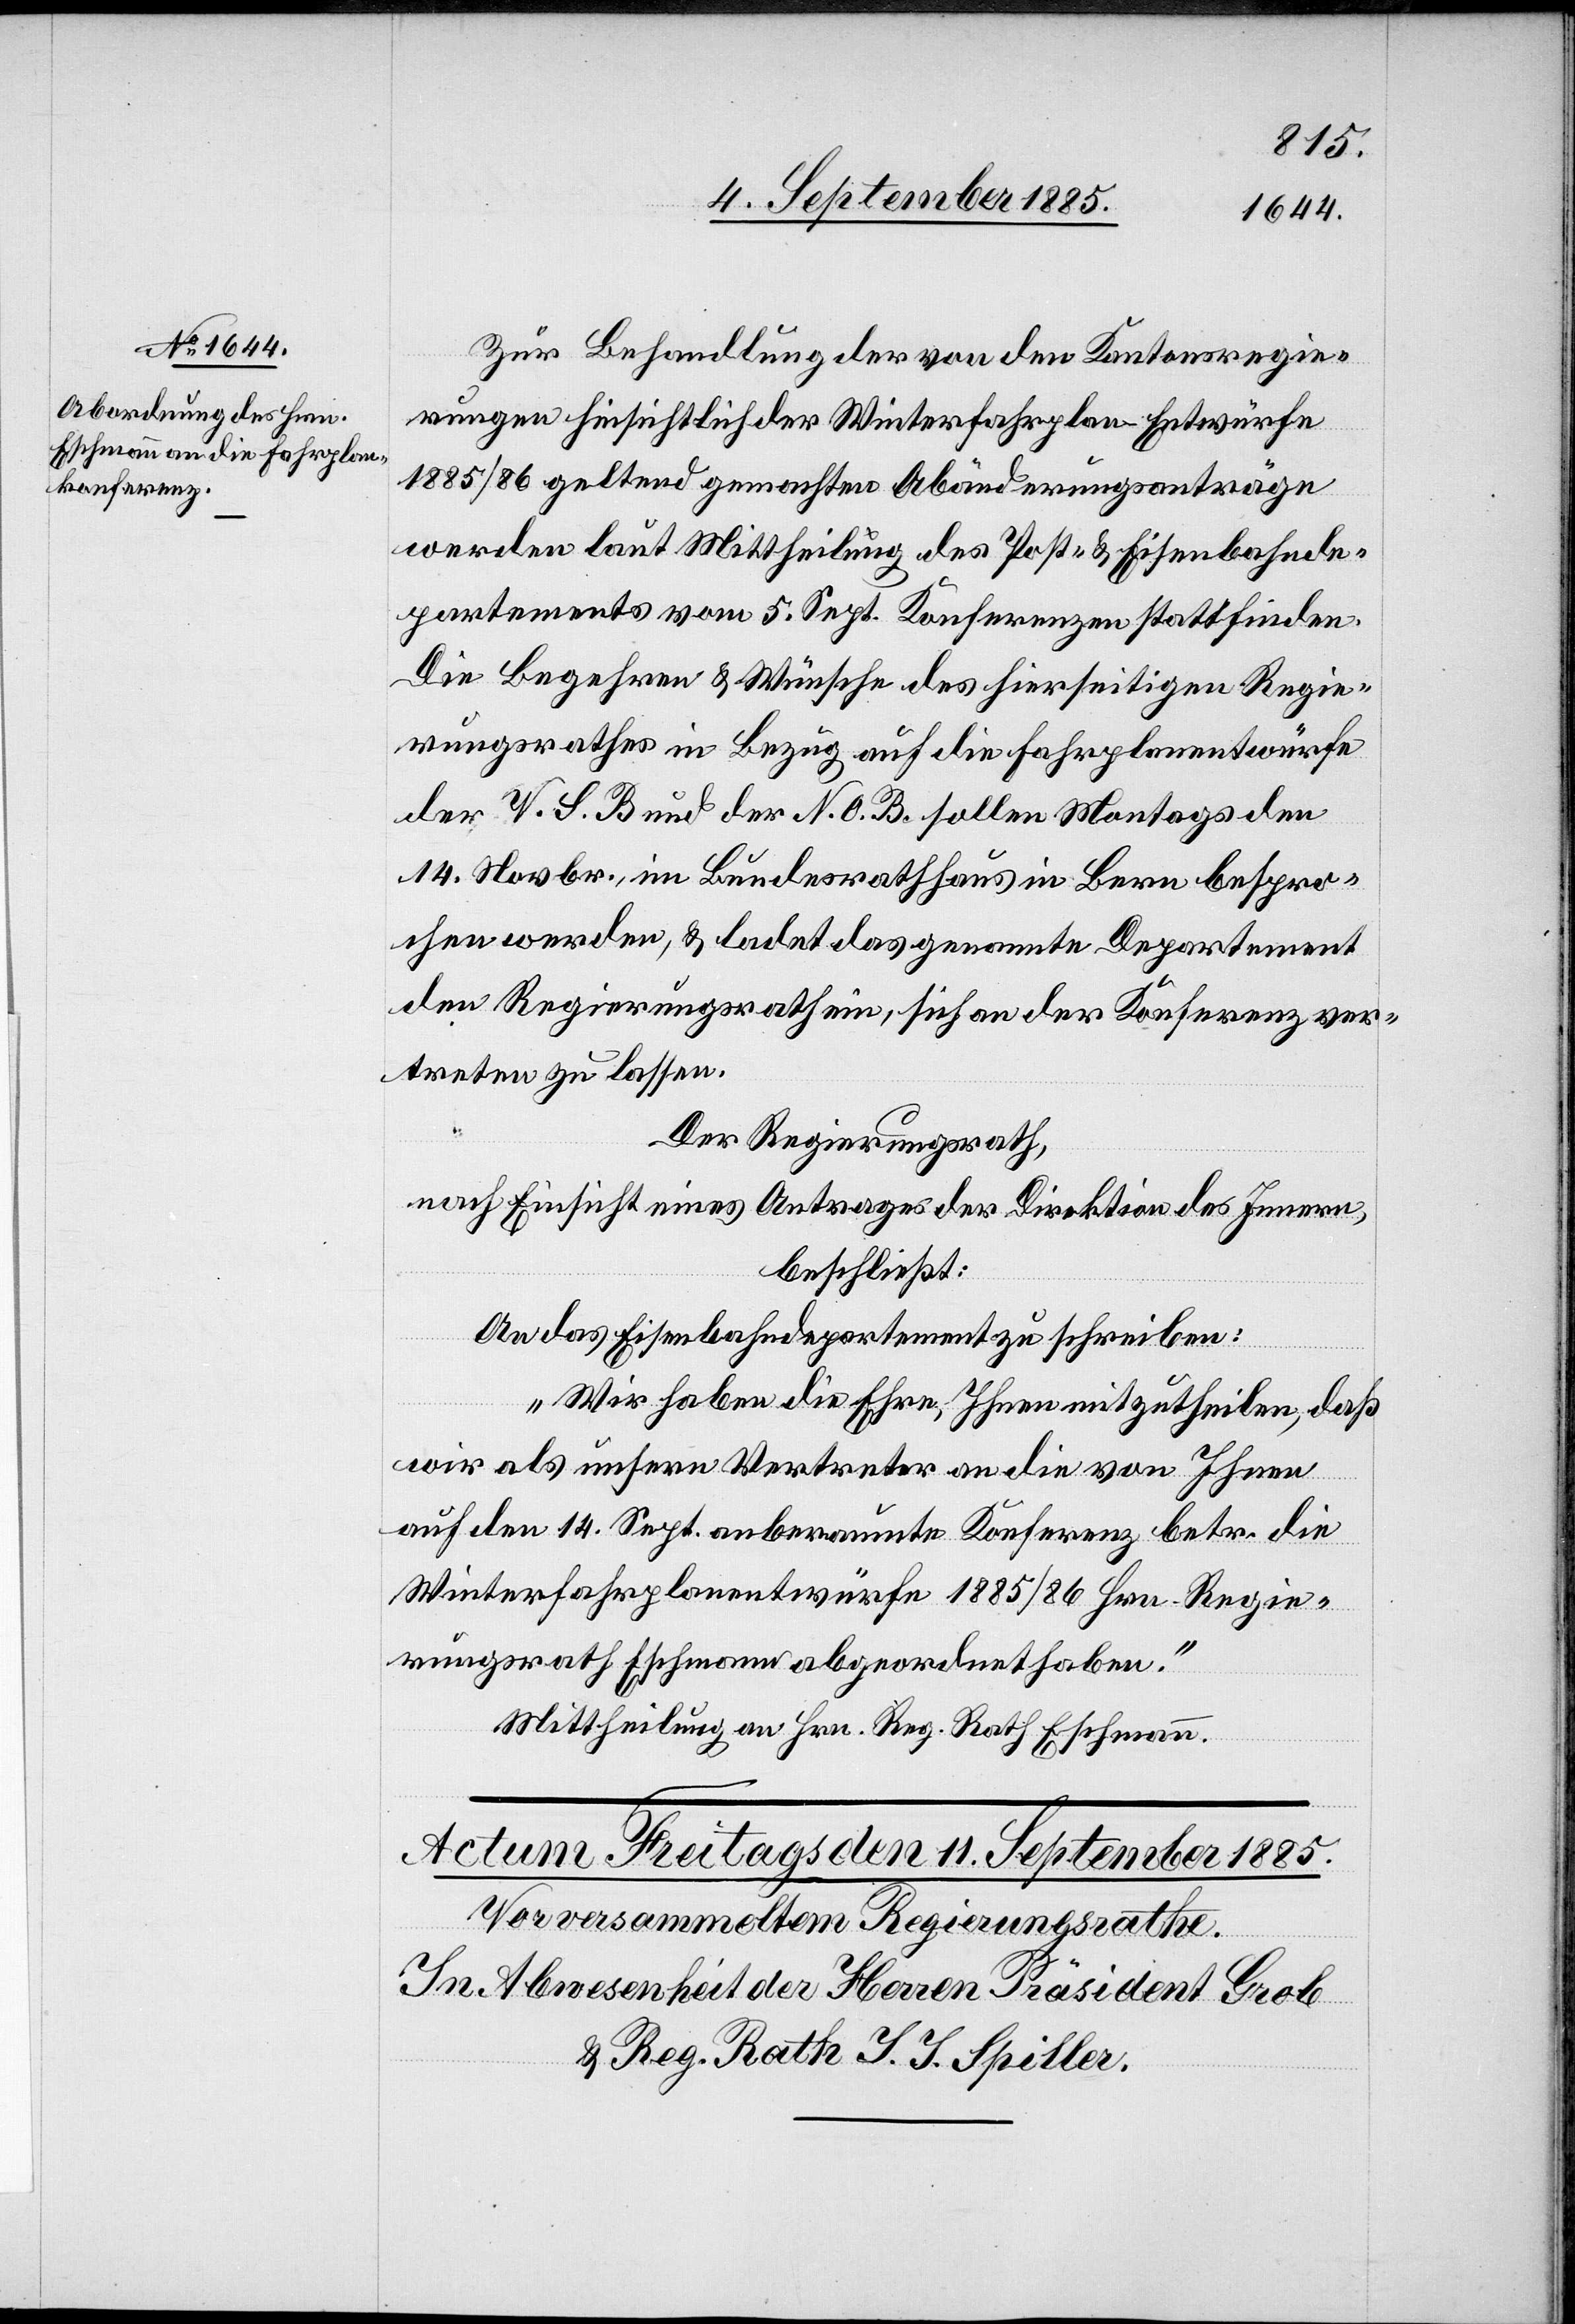
Zur Behandlung der von den Kantonsregie¬
rungen hinsichtlich der Winterfahrplan-Entwürfe
1885/86 geltend gemachten Abänderungsanträgen
werden laut Mittheilung des Post- & Eisenbahnde¬
partements vom 5. Sept. Konferenzen stattfinden.
Die Begehren & Wünsche des hierseitigen Regie¬
rungsrathes in Bezug auf die Fahrplanentwürfe
der V. S. B. und der N. O. B. sollen Montags den
14. Novbr., im Bundesrathshaus in Bern bespro¬
chen werden, & ladet das genannte Departement
den Regierungsrath ein, sich an der Konferenz ver¬
treten zu lassen.
Der Regierungsrath,
nach Einsicht eines Antrages der Direktion des Innern,
beschließt:
An das Eisenbahndepartement zu schreiben:
„Wir haben die Ehre, Ihnen mitzutheilen, daß
wir als unsern Vertreter an die von Ihnen
auf den 14. Sept. anberaumte Konferenz betr. die
Winterfahrplanentwürfe 1885/86 Hrn. Regie¬
rungsrath Eschmann abgeordnet haben.“
Mittheilung an Hrn. Reg. Rath Eschmann.